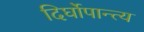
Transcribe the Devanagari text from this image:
दिर्घोपान्त्य